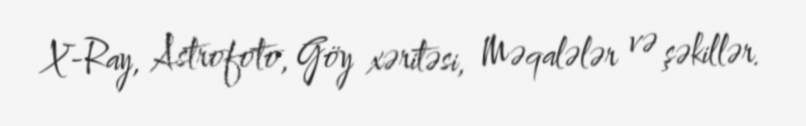
X-Ray, Astrofoto, Göy xəritəsi, Məqalələr və şəkillər.